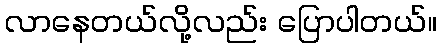
လာနေတယ်လို့လည်း ပြောပါတယ်။